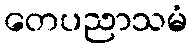
တေပညာသမံ